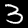
Label: 3